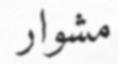
مشوار